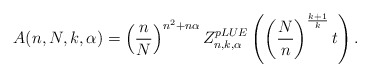
\begin{align*}A(n,N,k,\alpha)= \left(\frac{n}{N}\right)^{n^2+n\alpha}Z_{n,k,\alpha}^{pLUE} \left(\left(\frac{N}{n}\right)^{\frac{k+1}{k}} t\right).\end{align*}